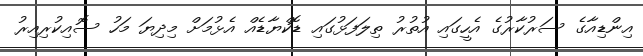
އިންޑިއާގެ ސަރުކާރުގެ އެހީގައި އުތުރު ތިލަފަޅުގައި ޑޮކްޔާޑެއް އެޅުމަށް މިދިޔަ މަހު ސޮއިކުރިއިރު